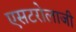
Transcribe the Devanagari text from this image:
एसटरोलाजी